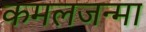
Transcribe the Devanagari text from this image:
कमलजन्मा